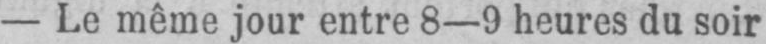
- Le même jour entre 8-9 heures du soir